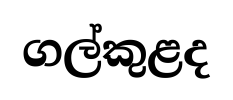
ගල්කුළද